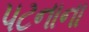
પટનાના